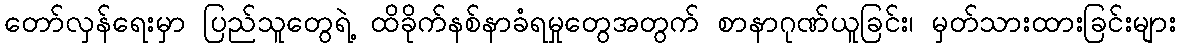
တော်လှန်ရေးမှာ ပြည်သူတွေရဲ့ ထိခိုက်နစ်နာခံရမှုတွေအတွက် စာနာဂုဏ်ယူခြင်း၊ မှတ်သားထားခြင်းများ